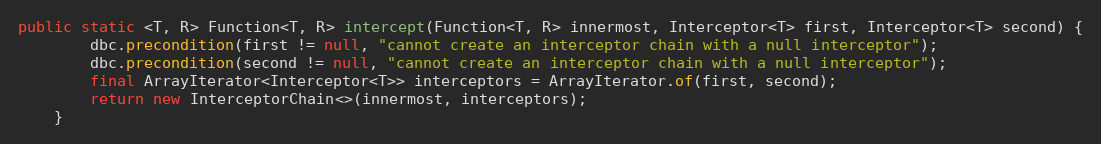
Language: Java
public static <T, R> Function<T, R> intercept(Function<T, R> innermost, Interceptor<T> first, Interceptor<T> second) {
        dbc.precondition(first != null, "cannot create an interceptor chain with a null interceptor");
        dbc.precondition(second != null, "cannot create an interceptor chain with a null interceptor");
        final ArrayIterator<Interceptor<T>> interceptors = ArrayIterator.of(first, second);
        return new InterceptorChain<>(innermost, interceptors);
    }